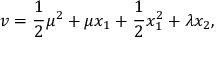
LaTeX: v = \frac { 1 } { 2 } \mu ^ { 2 } + \mu x _ { 1 } + \frac { 1 } { 2 } x _ { 1 } ^ { 2 } + \lambda x _ { 2 } ,